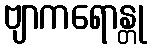
ဗျာကရောန္တု